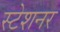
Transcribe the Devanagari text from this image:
स्टेशनर